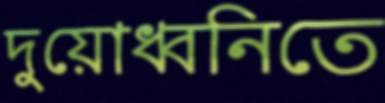
দুয়োধ্বনিতে